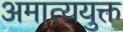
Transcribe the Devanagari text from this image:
अमात्ययुक्त